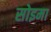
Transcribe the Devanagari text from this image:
सोइमा